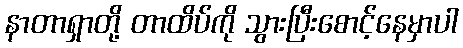
နာတာရှာတို့ တာထိပ်ကို သွားပြီးစောင့်နေမှာပါ